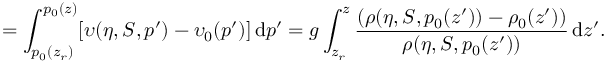
= \int _ { p _ { 0 } ( z _ { r } ) } ^ { p _ { 0 } ( z ) } [ \upsilon ( \eta , S , p ^ { \prime } ) - \upsilon _ { 0 } ( p ^ { \prime } ) ] \, \mathrm { d } p ^ { \prime } = g \int _ { z _ { r } } ^ { z } \frac { ( \rho ( \eta , S , p _ { 0 } ( z ^ { \prime } ) ) - \rho _ { 0 } ( z ^ { \prime } ) ) } { \rho ( \eta , S , p _ { 0 } ( z ^ { \prime } ) ) } \, \mathrm { d } z ^ { \prime } .